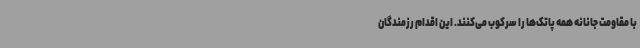
با مقاومت جانانه همه پاتک‌ها را سرکوب می‌کنند. این اقدام رزمندگان